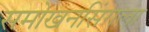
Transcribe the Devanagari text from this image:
समोखनसिंगला